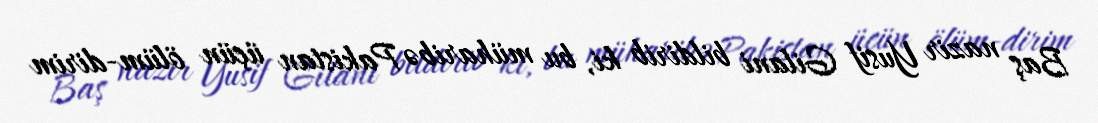
Baş nazir Yusif Gilani bildirib ki, bu müharibə Pakistan üçün ölüm-dirim